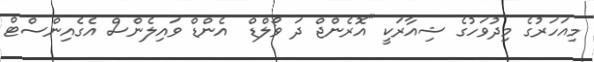
މިއަހަރުގެ މިދުވަހުގެ ޝިއާރަކީ "އޮރެންޖް ދަ ވޯލްޑް  އެންޑް ވައިލެންސް އެގެއިންސްޓް